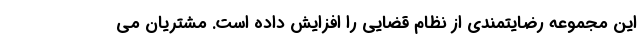
این مجموعه رضایتمندی از نظام قضایی را افزایش داده است. مشتریان می